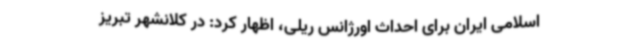
اسلامی ایران برای احداث اورژانس ریلی، اظهار کرد: در کلانشهر تبریز